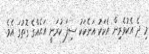
މި ދެ އެކުވެރިން އެކަކު އަނެކަކު ސިފަ ކުރަނީ އަޙެއްގެ ގޮތުގަ އެވެ.